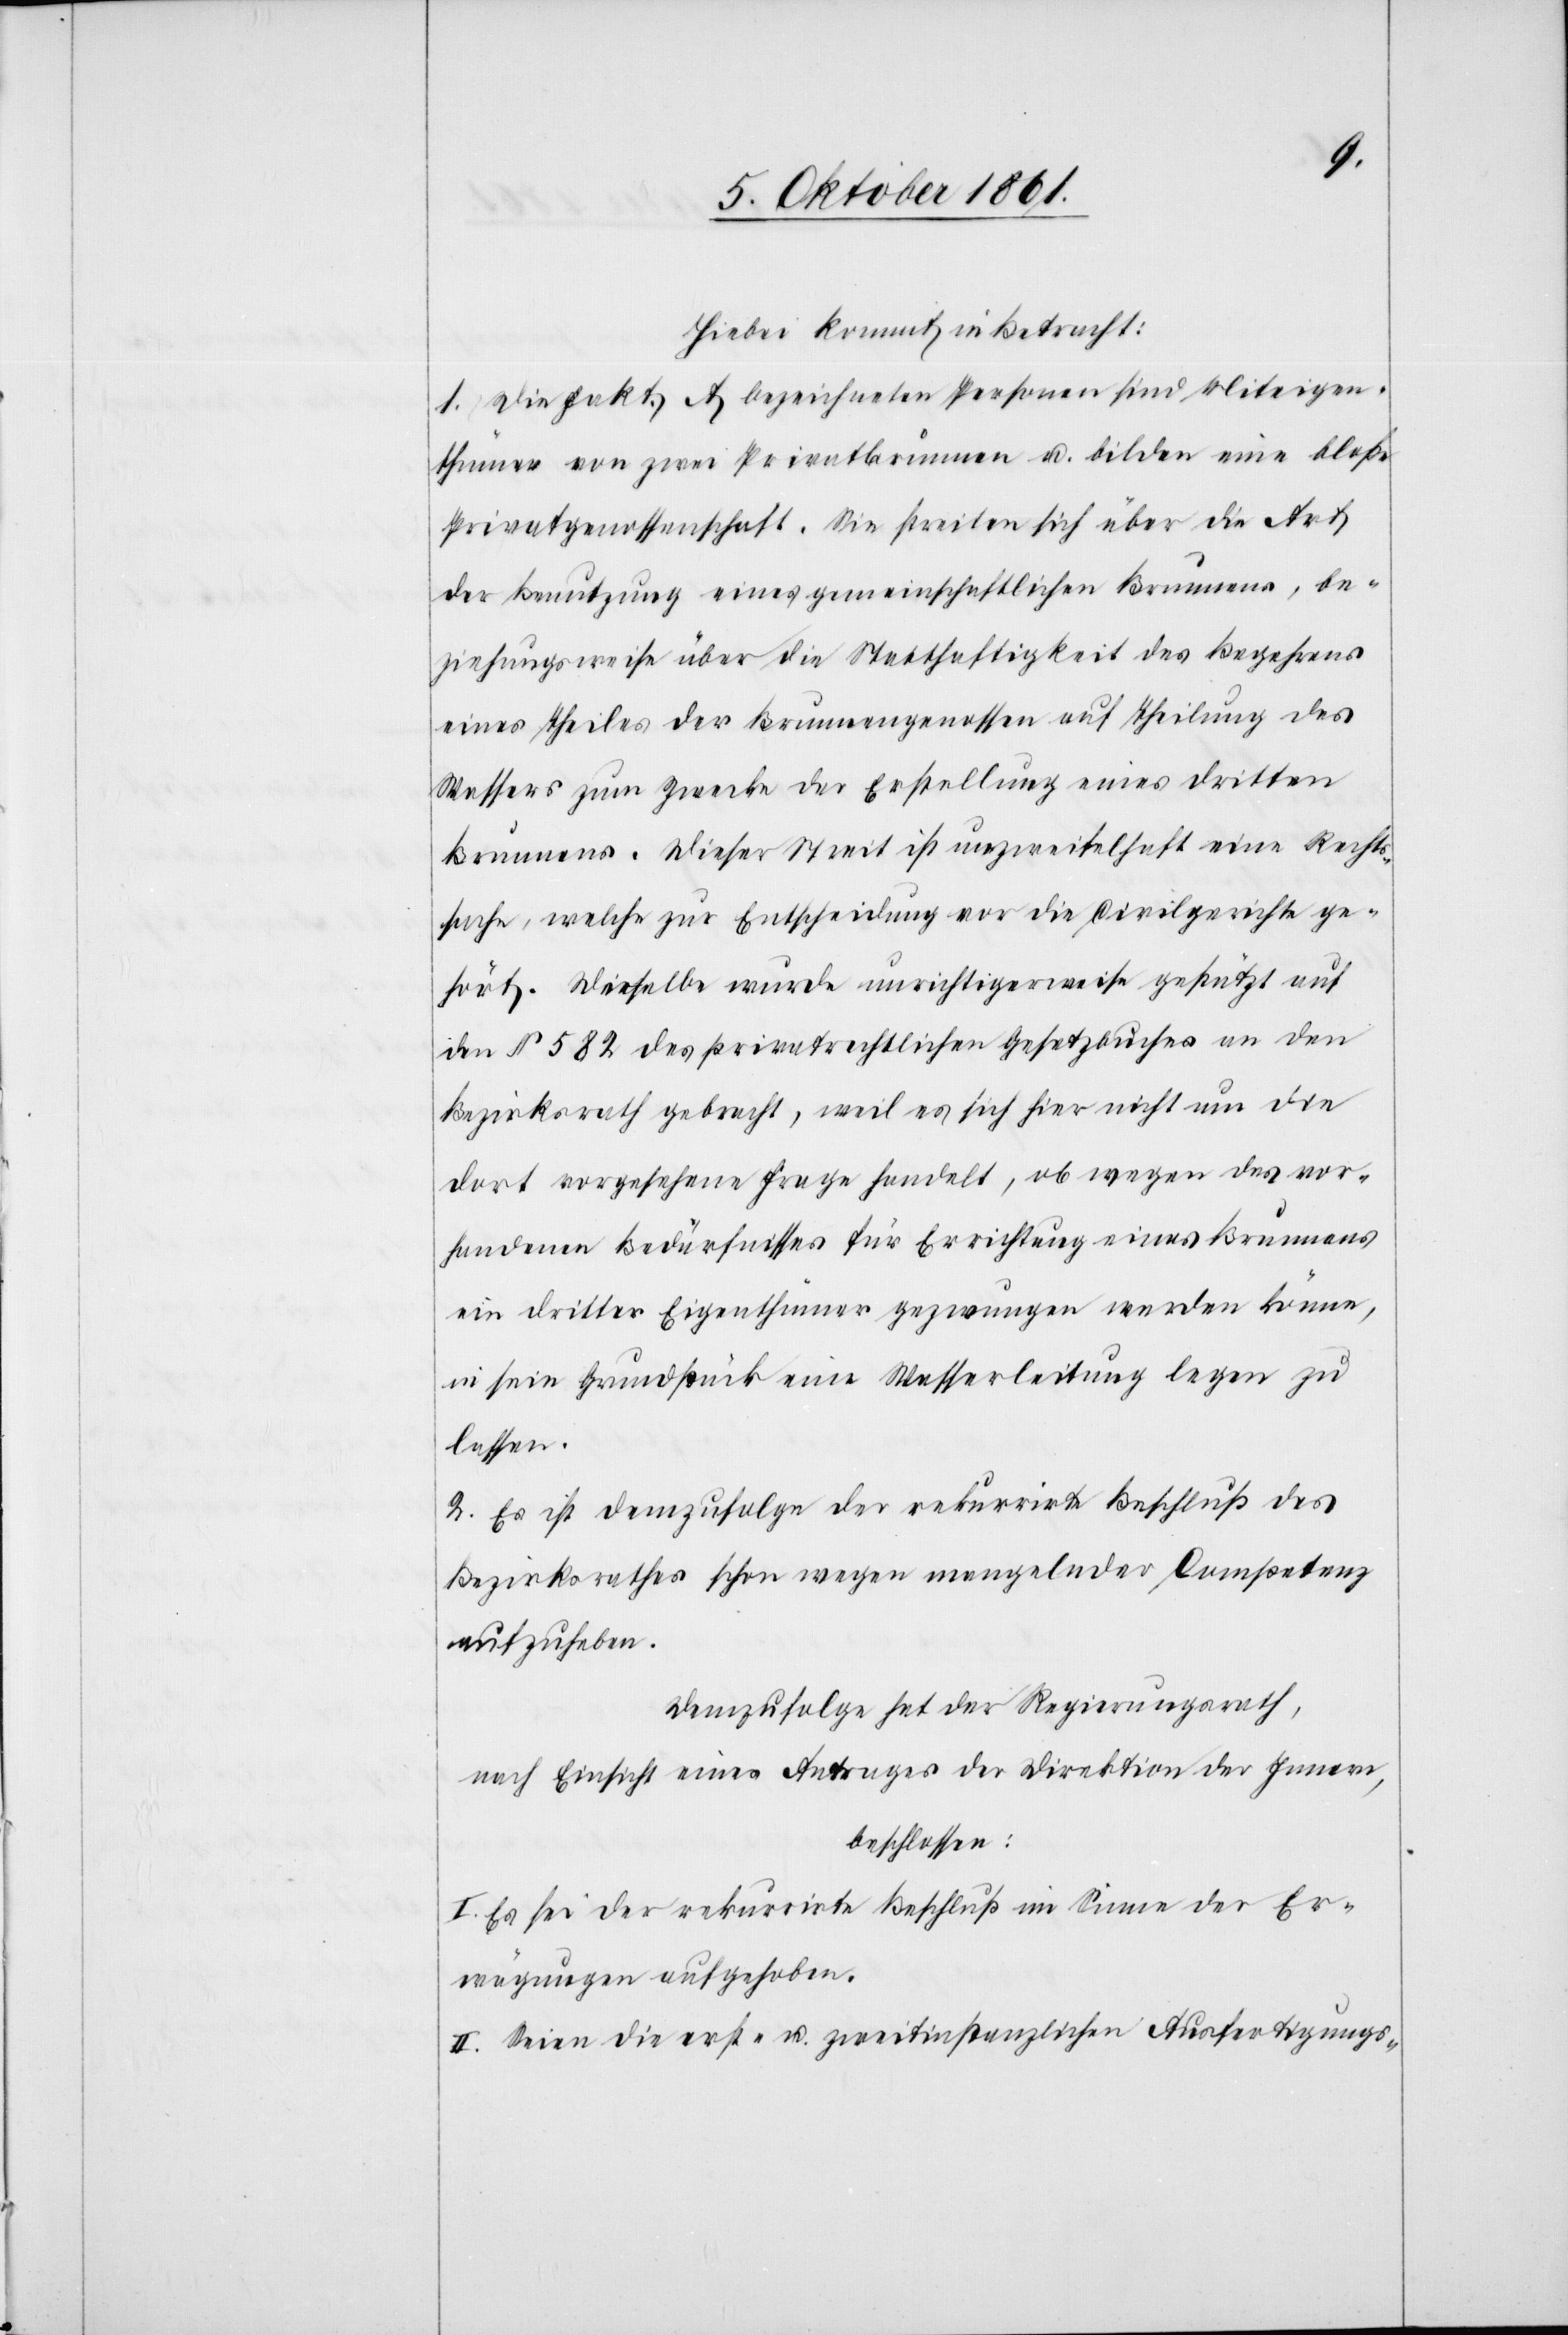
Hiebei kommt in Betracht:
1. Die Fakt. A bezeichneten Personen sind Miteigen¬
thümer von zwei Privatbrunnen u. bilden eine bloße
Privatgenossenschaft. Sie streiten sich über die Art
der Benutzung eines gemeinschaftlichen Brunnens, be¬
ziehungsweise über die Statthaftigkeit des Begehrens
eines Theiles der Brunnengenossen auf Theilung des
Wassers zum Zwecke der Erstellung eines dritten
Brunnens. Dieser Streit ist unzweifelhaft eine Rechts¬
sache, welche zur Entscheidung vor die Civilgerichte ge¬
hört. Dieselbe wurde unrichtigerweise gestützt auf
den § 582 des privatrechtlichen Gesetzbuches an den
Bezirksrath gebracht, weil es sich hier nicht um die
dort vorgesehene Frage handelt, ob wegen das vor¬
handenen Bedürfnisses für Errichtung eines Brunnens
ein dritter Eigenthümer gezwungen werden könne,
in sein Grundstück eine Wasserleitung legen zu
lassen.
2. Es ist demzufolge der rekurrirte Beschluß des
Bezirksrathes schon wegen mangelnder Competenz
aufzuheben.
Demzufolge hat der Regierungsrath,
nach Einsicht eines Antrages der Direktion des Innern,
beschlossen:
I. Es sei der rekurrirte Beschluß im Sinne der Er¬
wägungen aufgehoben.
II. Seien die erst- u. zweitinstanzlichen Ausfertigungs-